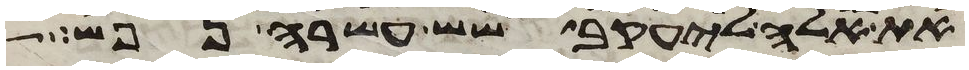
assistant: את אלה ליעקב שש עשרה נפש